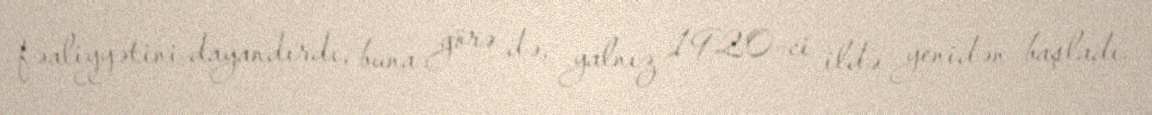
fəaliyyətini dayandırdı, buna görə də, yalnız 1920-ci ildə yenidən başladı.